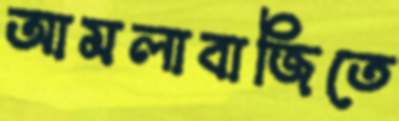
আমলাবাজিতে